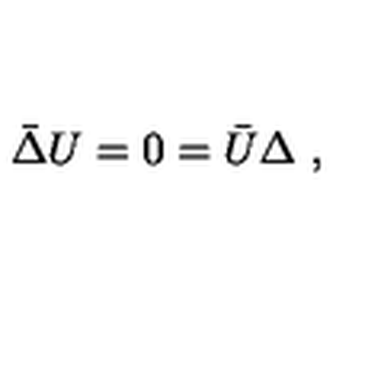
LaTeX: \bar { \Delta } U = 0 = \bar { U } \Delta \ ,